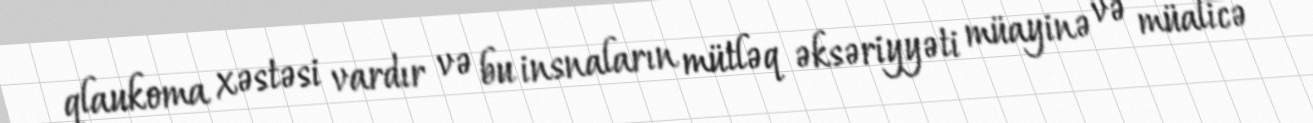
qlaukoma xəstəsi vardır və bu insnaların mütləq əksəriyyəti müayinə və müalicə